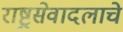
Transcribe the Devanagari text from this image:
राष्ट्रसेवादलाचे